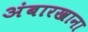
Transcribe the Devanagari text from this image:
अंबारखाना